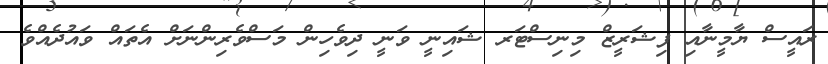
ރައީސް ޔާމީނާއި ފިޝަރީޒް މިނިސްޓަރ ޝައިނީ ވަނީ ދިވެހިން މަސްވެރިންނަށް އެތައް ވައުދެއްވެ